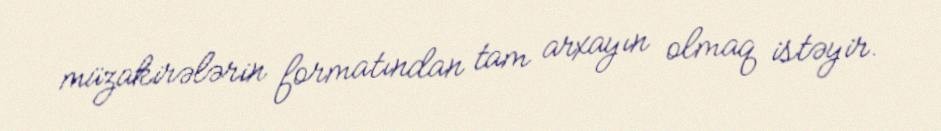
müzakirələrin formatından tam arxayın olmaq istəyir.